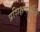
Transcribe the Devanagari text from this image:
प्रशिक्षणार्थीनी